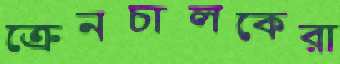
ক্রেনচালকেরা